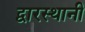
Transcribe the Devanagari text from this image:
द्वारस्थानी